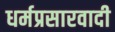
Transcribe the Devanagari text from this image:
धर्मप्रसारवादी